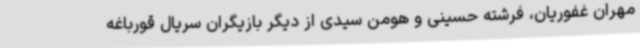
مهران غفوریان، فرشته حسینی و هومن سیدی از دیگر بازیگران سریال قورباغه